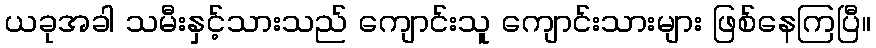
ယခုအခါ သမီးနှင့်သားသည် ကျောင်းသူ ကျောင်းသားများ ဖြစ်နေကြပြီ။